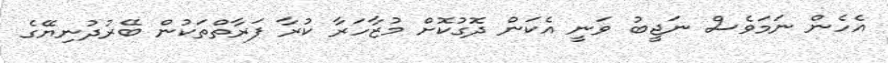
އެހެން ނަމަވެސް ނަޖީބު ވަނީ އެކަން ދޮގުކޮށް މުޒާހަރާ ކުރާ ފަރާތްތަކުން ބޭރުދުނިޔޭގެ